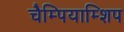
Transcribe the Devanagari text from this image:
चैम्पियाम्शिप